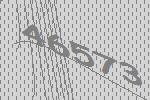
46573